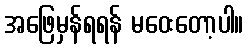
အဖြေမှန်ရရန် မဝေးတော့ပါ။